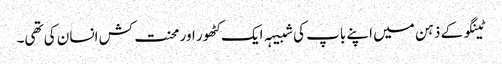
ٹینگو کے ذہن میں اپنے باپ کی شبیہہ ایک کٹھور اور محنت کش انسان کی تھی۔